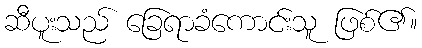
ဆီပူးသည် ခြေရာခံကောင်းသူ ဖြစ်၏။